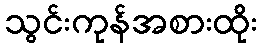
သွင်းကုန်အစားထိုး